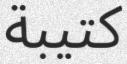
كتيبة